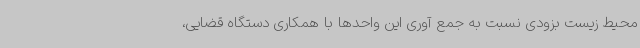
محیط زیست بزودی نسبت به جمع آوری این واحدها با همکاری دستگاه قضایی،